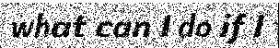
what can I do if I